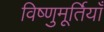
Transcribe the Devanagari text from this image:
विष्णुमूर्तियाँ